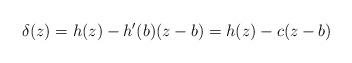
LaTeX: \begin{align*}\delta(z)=h(z)-h'(b)(z-b)=h(z)-c(z-b)\end{align*}